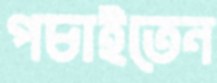
পচাইতেন